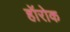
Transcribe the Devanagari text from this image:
हॉरोक